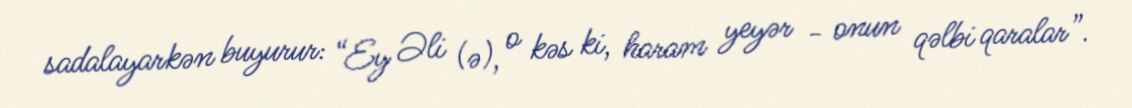
sadalayarkən buyurur: “Ey Əli (ə), o kəs ki, haram yeyər - onun qəlbi qaralar”.